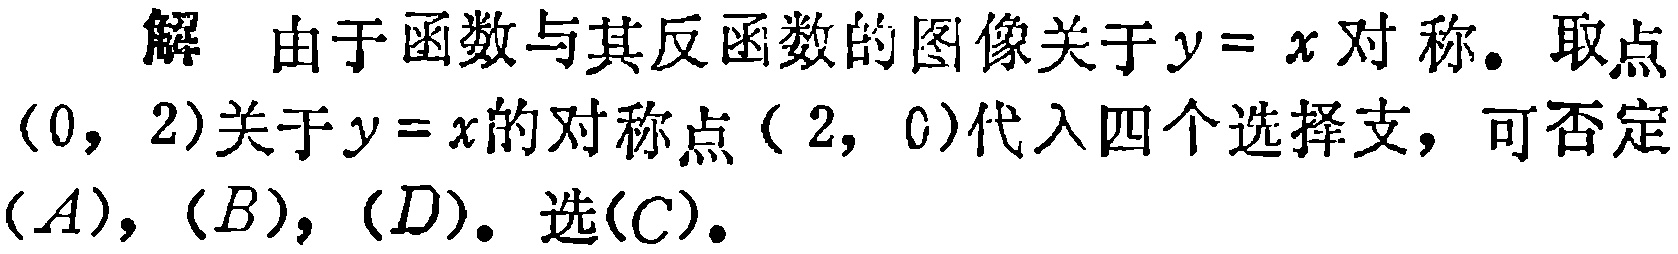
解 由于函数与其反函数的图像关于\(y = x\)对称。取点\((0,2)\)关于\(y = x\)的对称点\((2,0)\)代入四个选择支，可否定\((A)\)，\((B)\)，\((D)\)。选\((C)\)。